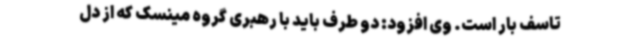
تاسف بار است. وی افزود: دو طرف باید با رهبری گروه مینسک که از دل